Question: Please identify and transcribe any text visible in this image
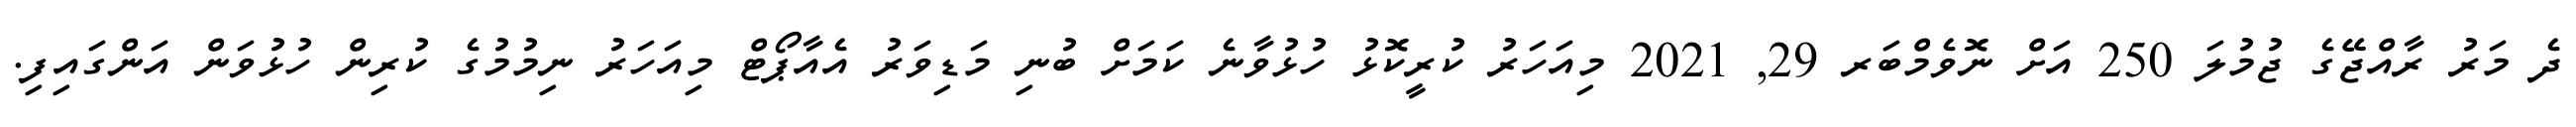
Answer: ދެ މަރު ރާއްޖޭގެ ޖުމުލަ 250 އަށް ނޮވެމްބަރ 29, 2021 މިއަހަރު ކުރީކޮޅު ހުޅުވާނެ ކަމަށް ބުނި މަޑިވަރު އެއާޕޯޓް މިއަހަރު ނިމުމުގެ ކުރިން ހުޅުވަން އަންގައިފި.